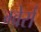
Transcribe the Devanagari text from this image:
ग्वेर्रा